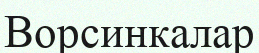
Ворсинкалар